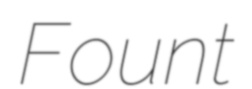
Fount